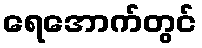
ရေအောက်တွင်